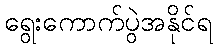
ရွေးကောက်ပွဲအနိုင်ရ